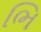
ભિ